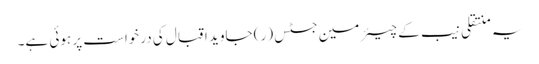
یہ منتقلی نیب کے چیئرمین جسٹس (ر) جاوید اقبال کی درخواست پر ہوئی ہے۔